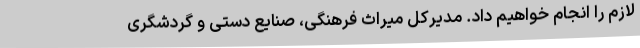
لازم را انجام خواهیم داد. مدیرکل میراث فرهنگی، صنایع دستی و گردشگری